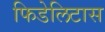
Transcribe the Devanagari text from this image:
फिडेलिटास